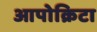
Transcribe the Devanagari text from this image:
आपोक्रिटा